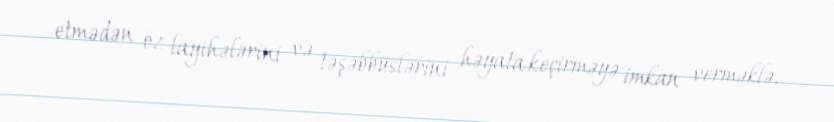
etmədən öz layihələrini və təşəbbüslərini həyata keçirməyə imkan verməklə,